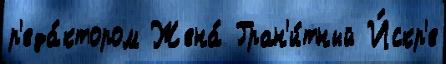
р'еда́ктором Жена́ Гран'и́тный И́скр'е